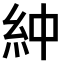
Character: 𫃞